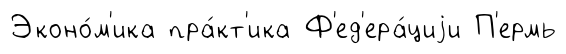
Эконо́м'ика пра́кт'ика Ф'ед'ера́циjи П'ермь